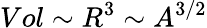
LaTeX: Vol\sim R^{3}\sim A^{3/2}